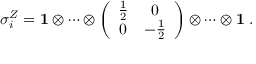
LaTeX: \sigma _ { i } ^ { Z } = { \bf 1 } \otimes \cdots \otimes \left( \begin{array} { c c } { { \frac { 1 } { 2 } } } & { { 0 } } \\ { { 0 } } & { { - \frac { 1 } { 2 } } } \end{array} \right) \otimes \cdots \otimes { \bf 1 } \; .